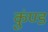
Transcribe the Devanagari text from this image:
कुंण्ड